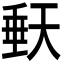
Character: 𭏀